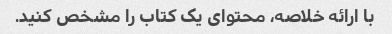
با ارائه خلاصه، محتوای یک کتاب را مشخص کنید.